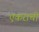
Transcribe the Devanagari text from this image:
एकरांची